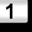
Digit: 1